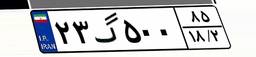
۲۳گ۵۰۰۸۵